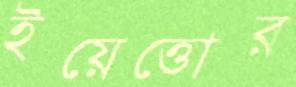
ইয়েত্তোর